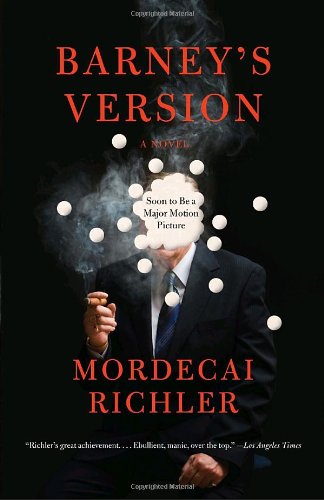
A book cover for Barney's Version (Vintage International); Mordecai Richler; Literature & Fiction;